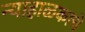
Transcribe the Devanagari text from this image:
न्याहाळकाचे